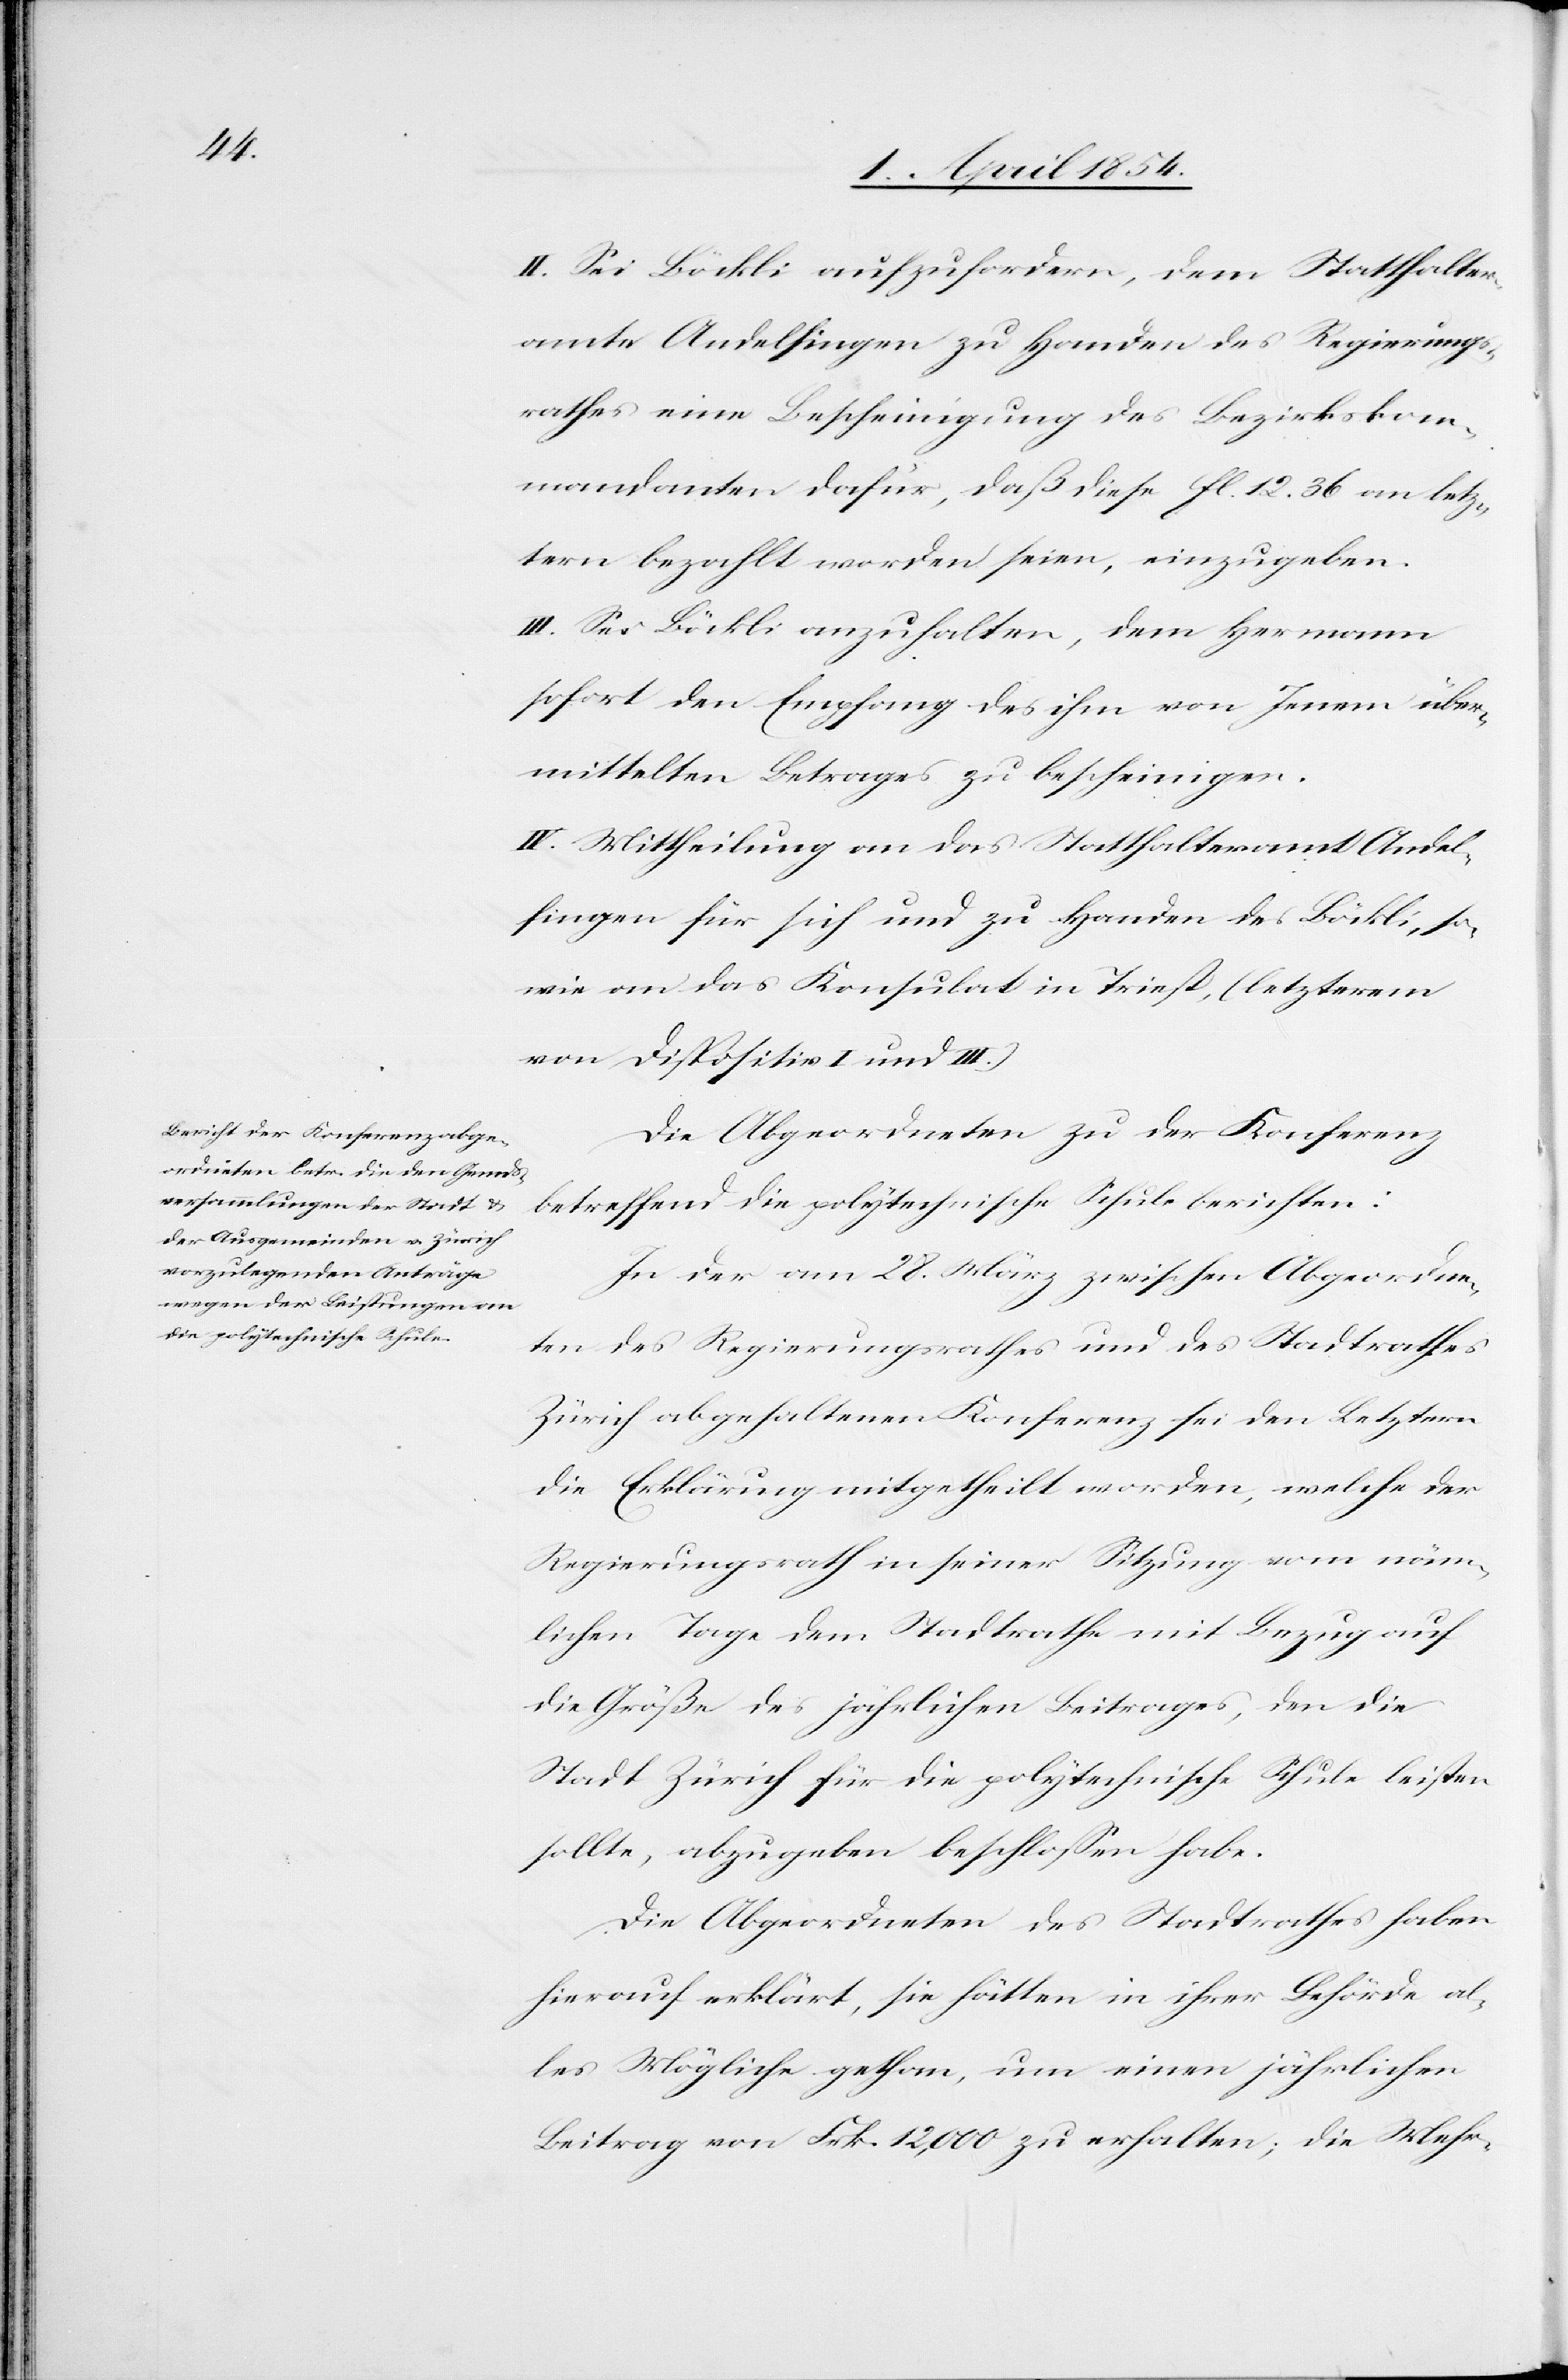
II. Sei Böckli aufzufordern, dem Statthalter¬
amte Andelfingen zu Handen des Regierungs¬
rathes eine Bescheinigung des Bezirkskom¬
mandanten dafür, daß diese fl. 12. 36 an letz¬
tern bezahlt worden seien, einzugeben.
III. Sei Böckli anzuhalten, dem Hermann
sofort den Empfang des ihm von Jenem über¬
mittelten Betrages zu bescheinigen.
IV. Mittheilung an das Statthalteramt Andel¬
fingen für sich und zu Handen des Böckli, so¬
wie an das Konsulat in Triest, (letzterem
von Dispositiv I und III.)
Die Abgeordneten zu der Konferenz
betreffend die polytechnische Schule berichten:
In der am 28. März zwischen Abgeordne¬
ten des Regierungsrathes und des Stadtrathes
Zürich abgehaltenen Konferenz sei den Letztern
die Erklärung mitgetheilt worden, welche der
Regierungsrath in seiner Sitzung vom näm¬
lichen Tage dem Stadtrathe mit Bezug auf
die Größe des jährlichen Beitrages, den die
Stadt Zürich für die polytechnische Schule leisten
sollte, abzugeben beschloßen habe.
Die Abgeordneten des Stadtrathes haben
hierauf erklärt, sie hätten in ihrer Behörde al¬
les Mögliche gethan, um einen jährlichen
Beitrag von Frk. 12,000 zu erhalten; die Mehr-